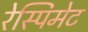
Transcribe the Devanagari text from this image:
रेस्पिमेट